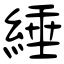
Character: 綞